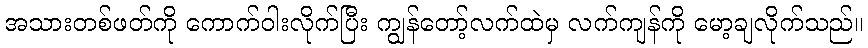
အသားတစ်ဖတ်ကို ကောက်ဝါးလိုက်ပြီး ကျွန်တော့်လက်ထဲမှ လက်ကျန်ကို မော့ချလိုက်သည်။